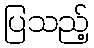
ပြသည့်